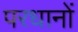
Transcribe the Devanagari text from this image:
परधानों